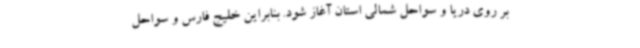
بر روی دریا و سواحل شمالی استان آغاز شود. بنابراین خلیج فارس و سواحل